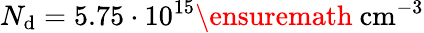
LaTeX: N_{\mathrm{d}}=5.75\cdot10^{15}\ensuremath{{~\mathrm{{cm}}^{-3}}}